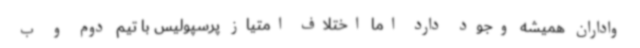
واداران همیشه وجود دارد اما اختلاف امتیاز پرسپولیس با تیم دوم و ب